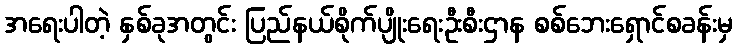
အရေးပါတဲ့ နှစ်ခုအတွင်း ပြည်နယ်စိုက်ပျိုးရေးဦးစီးဌာန စစ်ဘေးရှောင်စခန်းမှ